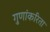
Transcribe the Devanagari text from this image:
गुणांकरिता